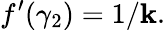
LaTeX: f^{\prime}(\gamma_{2})=1/\mathbf{k}.